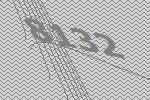
8132